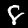
Digit: 8